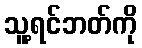
သူ့ရင်ဘတ်ကို